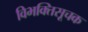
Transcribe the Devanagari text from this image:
विभक्तिसूचक